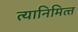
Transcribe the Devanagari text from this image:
त्‍यानिमित्‍त